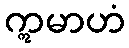
ဣမာဟံ